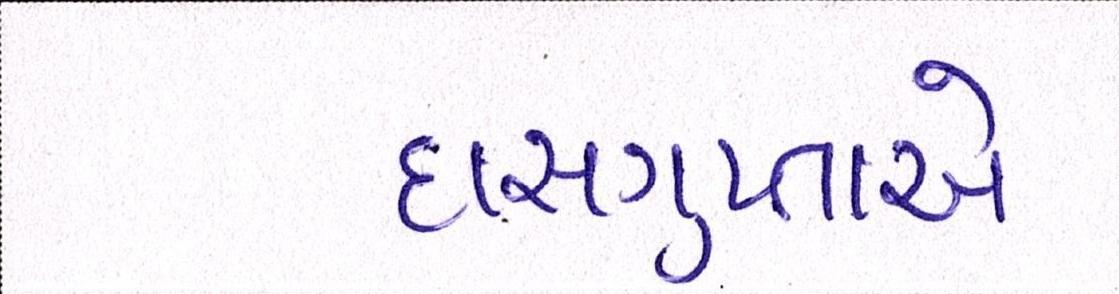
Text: દાસગુપ્તાએ